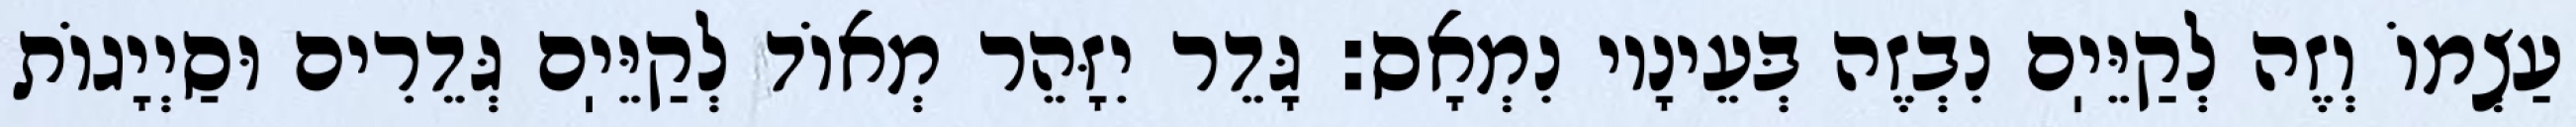
עַצְמוֹ וְזֶה לְקַיֵּיֽם נִבְזֶה בְּעֵינָיו נִמְאָס: גָּדֵר יִזָּהֵר מְאוֹד לְקַיֵּיֽם גְּדֵרִים וּסַיְיָגוֹת